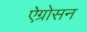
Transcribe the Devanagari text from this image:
ऐग्रोसन